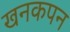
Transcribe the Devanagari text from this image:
खनकपन